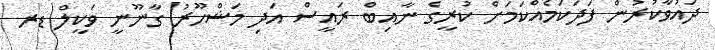
ދައުވާކުރުން ފަދަކަމެއްކަމަށް ކުރީގެ ނާއިބް ރައީސް އަދި މަޝްހޫރު ގާނޫނީ ވަކީލް ޑރ